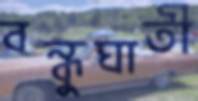
বন্ধুঘাতী